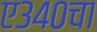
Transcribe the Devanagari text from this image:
ए३४०चा